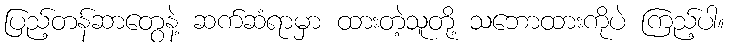
ပြည့်တန်ဆာတွေနဲ့ ဆက်ဆံရာမှာ ထားတဲ့သူတို့ သဘောထားကိုပဲ ကြည့်ပါ။